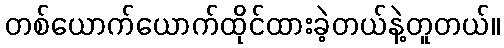
တစ်ယောက်ယောက်ထိုင်ထားခဲ့တယ်နဲ့တူတယ်။